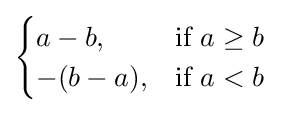
{\begin{cases}a-b,&{\mbox{if }}a\geq b\\-(b-a),&{\mbox{if }}a<b\end{cases}}